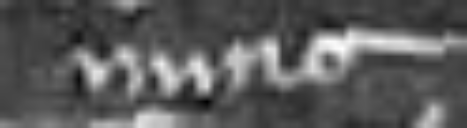
nunc